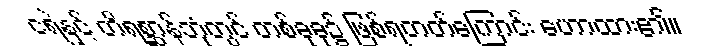
ငရဲနှင့် တိရစ္ဆာန်ဘုံတွင် တစ်ခုခု၌ ဖြစ်ရတတ်ကြောင်း ဟောထား၏။